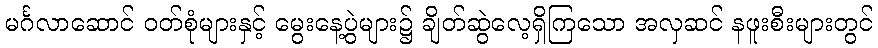
မင်္ဂလာဆောင် ဝတ်စုံများနှင့် မွေးနေ့ပွဲများ၌ ချိတ်ဆွဲလေ့ရှိကြသော အလှဆင် နဖူးစီးများတွင်